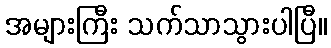
အများကြီး သက်သာသွားပါပြီ။